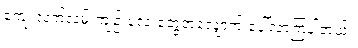
ကျေးလက်လမ်းကျဉ်းလေးတွေတလျှောက် ပေါ်လာကြပါတယ်။